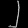
Digit: ၂